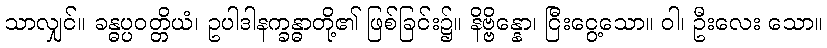
သာလျှင်။ ခန္ဓပ္ပဝတ္တိယံ၊ ဥပါဒါနက္ခန္ဓာတို့၏ ဖြစ်ခြင်း၌။ နိဗ္ဗိန္နော၊ ငြီးငွေ့သော။ ဝါ၊ ဦးလေး သော။